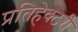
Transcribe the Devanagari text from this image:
प्रतिहेक्टरी